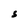
Character: S